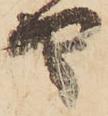
や